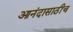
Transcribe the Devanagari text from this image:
आनंदासाठीच